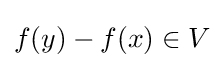
f(y)-f(x)\in V